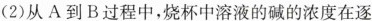
(2)从A到B过程中，烧杯中溶液的碱的浓度在逐